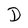
Character: D